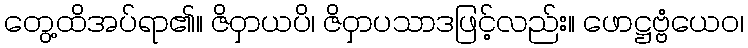
တွေ့ထိအပ်ရာ၏။ ဇိဝှာယပိ၊ ဇိဝှာပသာဒဖြင့်လည်း။ ဖောဋ္ဌဗ္ဗံယေဝ၊